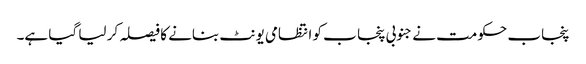
پنجاب حکومت نے جنوبی پنجا ب کو انتظامی یونٹ بنانے کا فیصلہ کر لیا گیا ہے۔